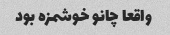
واقعا چانو خوشمزه بود